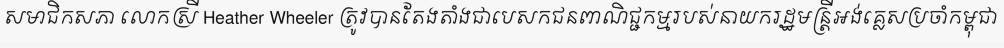
សមាជិកសភា លោកស្រី Heather Wheeler ត្រូវបានតែងតាំងជាបេសកជនពាណិជ្ជកម្មរបស់នាយករដ្ឋមន្ត្រីអង់គ្លេសប្រចាំកម្ពុជា